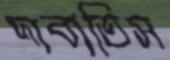
দাবাতিস